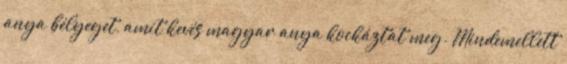
anya bélyeget, amit kevés magyar anya kockáztat meg. Mindemellett